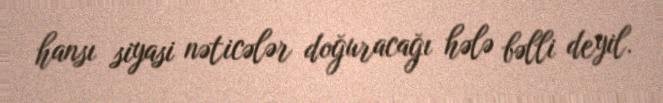
hansı siyasi nəticələr doğuracağı hələ bəlli deyil.